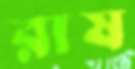
রাষ